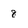
Character: 8